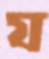
য